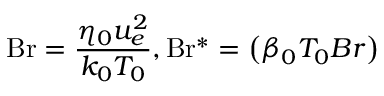
\mathrm { B r } = \frac { \eta _ { 0 } u _ { e } ^ { 2 } } { k _ { 0 } T _ { 0 } } , \mathrm { B r ^ { * } } = \left( \beta _ { 0 } T _ { 0 } B r \right)